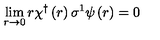
\lim _ { r \rightarrow 0 } r \chi ^ { \dagger } \left( r \right) \sigma ^ { 1 } \psi \left( r \right) = 0